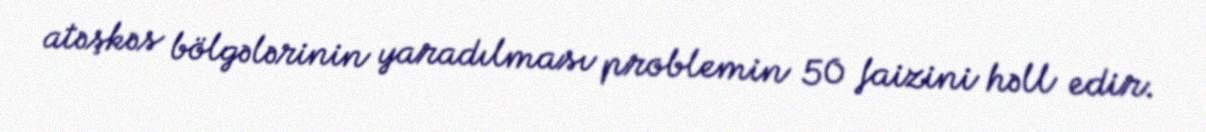
atəşkəs bölgələrinin yaradılması problemin 50 faizini həll edir.